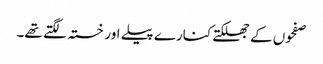
صفحوں کے جھلکتے کنارے پیلے اور خستہ لگتے تھے۔